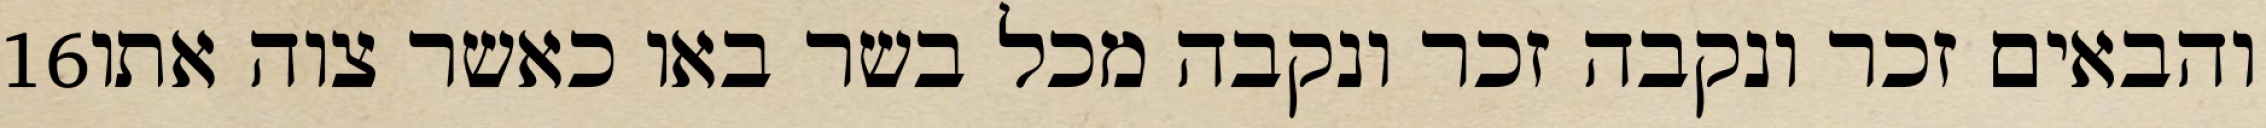
‎16‏ והבאים זכר ונקבה זכר ונקבה מכל בשר באו כאשר צוה אתו